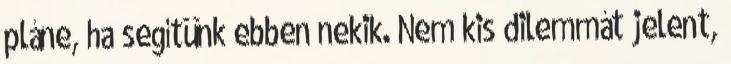
pláne, ha segítünk ebben nekik. Nem kis dilemmát jelent,